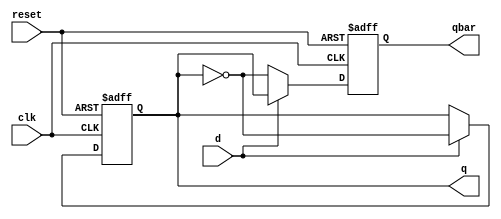
module t_flipflop(input d,
                 input clk,
                 input reset,
                  output reg q,
                 output reg qbar);
  always @(negedge reset or posedge clk)
    if(!reset)begin
    q = 0;
    qbar =~q;
    end
  else if (d == 0)begin
    q=q;
   qbar =~q;
  end
  else if(d == 1)begin
    q =~q;
     qbar =~q;
  end
endmodule